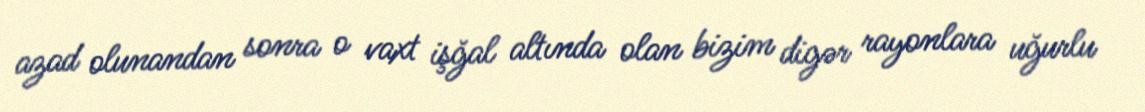
azad olunandan sonra o vaxt işğal altında olan bizim digər rayonlara uğurlu